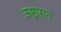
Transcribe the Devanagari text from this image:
ऊष्ट्रासन